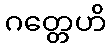
ဂတ္တေဟိ